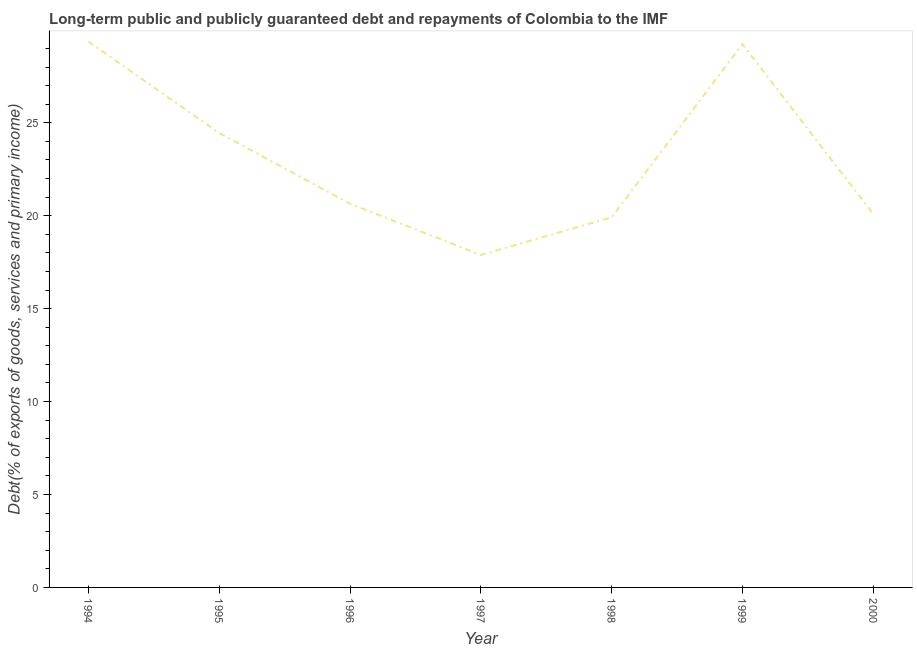
| Year | Debt service (PPG and IMF only) |
 | --- | --- |
 | 1994 | 29.4 |
 | 1995 | 24.5 |
 | 1996 | 20.6 |
 | 1997 | 17.9 |
 | 1998 | 19.9 |
 | 1999 | 29.2 |
 | 2000 | 20.1 |